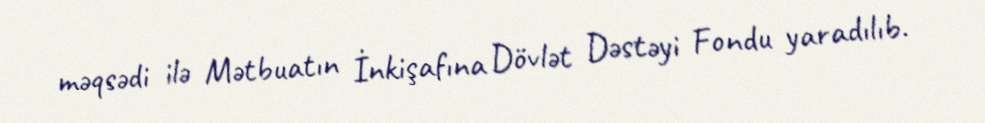
məqsədi ilə Mətbuatın İnkişafına Dövlət Dəstəyi Fondu yaradılıb.